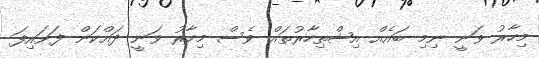
މިހާރު ވަނީ ނިމި ބައެއް އިޝްތިހާރުތައް ވެސް މިހާރު ވަނީ ދައްކަން ފަށައިފަ